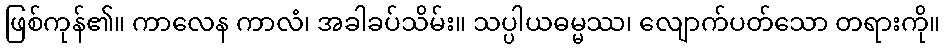
ဖြစ်ကုန်၏။ ကာလေန ကာလံ၊ အခါခပ်သိမ်း။ သပ္ပါယဓမ္မဿ၊ လျောက်ပတ်သော တရားကို။